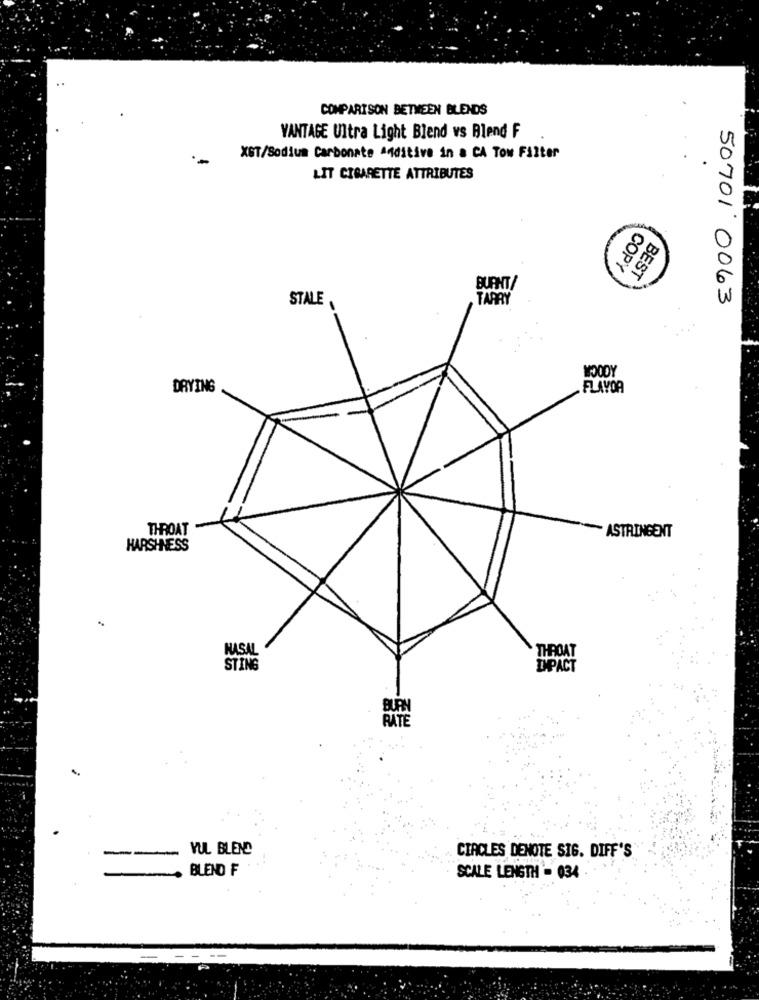
..
COMPARISON BETWEEN BLENDS
VANTAGE Ultra Light Blend vs Blend F
XST/Sodium Carbonate Additive in a CA Tow Filter
LIT CIGARETTE ATTRIBUTES
COPY
BEST
BUANT/
STALE
TARRY
50701 0063
ACOCA
DRYING
FLAVOR
THROAT
~ ASTRINGENT
HARSHNESS
NASAL
THROAT
STING
IMPACT
BURN
RATE
VUL BLEND
--
CIRCLES DENOTE SIG. DIFF'S
BLEND F
SCALE LENGTH = 034 .